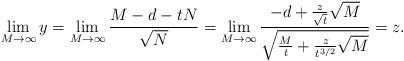
LaTeX: \begin{align*}\lim_{M \to \infty} y = \lim_{M \to \infty} \frac{M - d -tN}{\sqrt{N}} = \lim_{M \to \infty} \frac{-d + \frac{z}{\sqrt{t}} \sqrt{M}}{\sqrt{\frac{M}{t} + \frac{z}{t^{3/2}}\sqrt{M}}} = z. \end{align*}